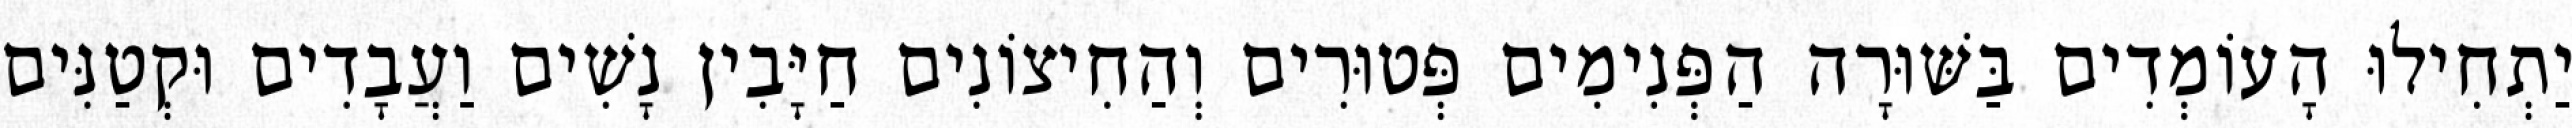
יַתְחִילוּ הָעוֹמְדִים בַּשּׁוּרָה הַפְּנִימִים פְּטוּרִים וְהַחִיצוֹנִים חַיָּבִין נָשִׁים וַעֲבָדִים וּקְטַנִּים